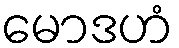
မောဒဟံ